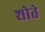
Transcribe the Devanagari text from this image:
शोते